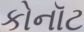
કોનૉટ